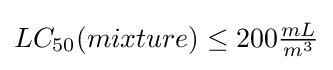
LC_{50}(mixture)\leq 200{\tfrac {mL}{m^{3}}}